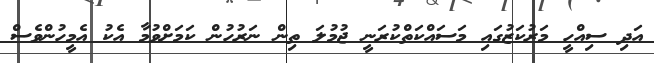
އަދި ސިއްހީ މަރުކަޒުގައި މަސައްކަތްކުރަނީ ޖުމުލަ ތިން ނަރުހުން ކަމަށްވުމާ އެކު އެމީހުންވެސް